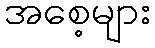
အစေ့များ